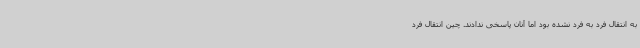
به انتقال فرد به فرد نشده بود اما آنان پاسخی ندادند. چین انتقال فرد